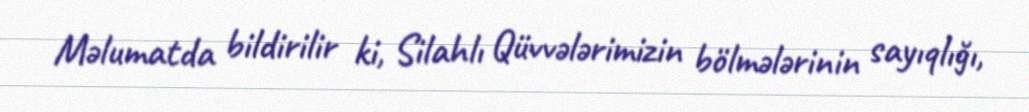
Məlumatda bildirilir ki, Silahlı Qüvvələrimizin bölmələrinin sayıqlığı,